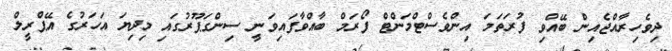
ދިވެހިރާއްޖެއިން ބޭއްވި ފުރަތަމަ އިންވެސްޓްމަންޓް ފޯރަމް ބާއްވާފައިވަނީ ސިންގަޕޫރުގައި މިދިޔަ އަހަރުގެ އޭޕްރީލް